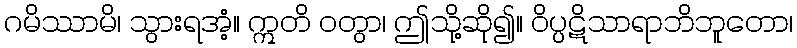
ဂမိဿာမိ၊ သွားရအံ့။ ဣတိ ဝတွာ၊ ဤသို့ဆို၍။ ဝိပ္ပဋိသာရာဘိဘူတော၊